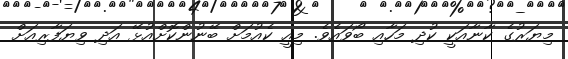
މިޔަރުގެ ކާނާއަކީ ކުދި މަހާއި ބޯވައެވެ. މިއީ ކެއުމަށް ބޭނުންކޮށްއުޅޭ އަދި ވިޔަފާރިއަށް